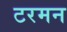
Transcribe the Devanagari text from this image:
टरमन